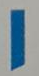
1